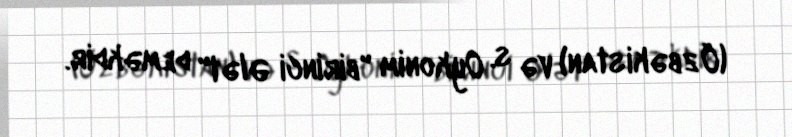
(Özbəkistan) və s. Oykonim "birinci Ələt" deməkdir.